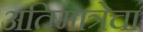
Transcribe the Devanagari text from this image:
अतिमात्रेचा